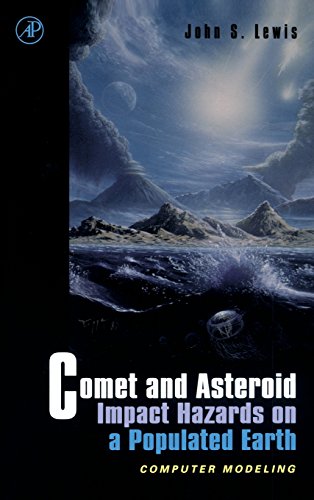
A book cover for Comet and Asteroid Impact Hazards on a Populated Earth: Computer Modeling; John S. Lewis; Science & Math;